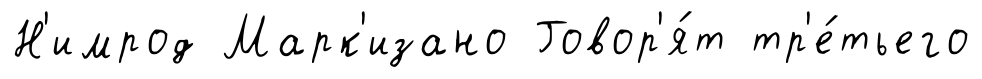
Н'имрод Марк'изано Говор'я́т тр'е́тьего